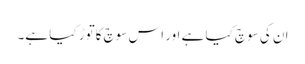
ان کی سوچ کیا ہے اور اس سوچ کاتوڑ کیا ہے۔